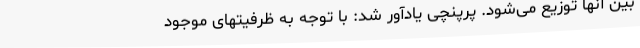
بین آنها توزیع می‌شود. پرپنچی یادآور شد: با توجه به ظرفیتهای موجود